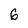
Character: 6